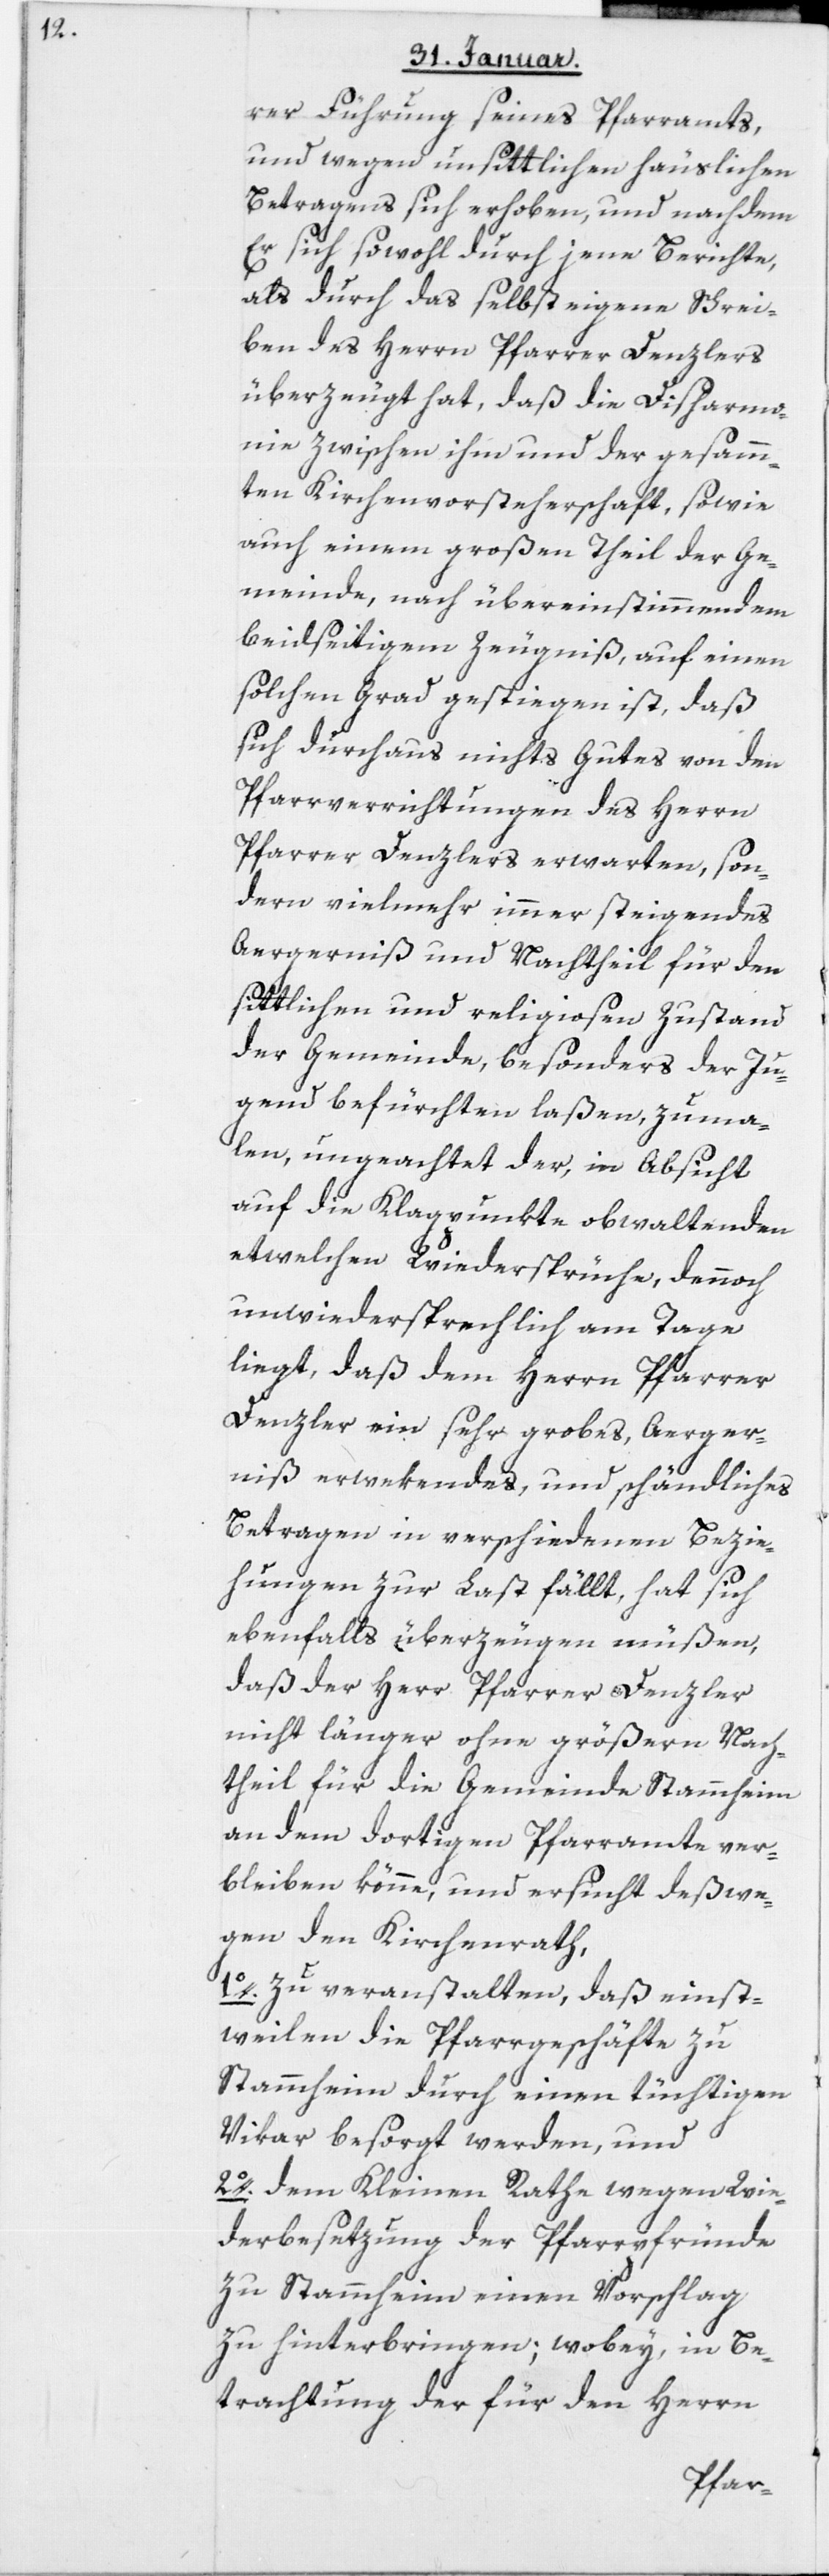
rer Führung seines Pfarramts,
und wegen unsittlichen häuslichen
Betragens sich erhoben, und nachdem
Er sich sowohl durch jene Berichte,
als durch das selbst eigene Schrei¬
ben des Herrn Pfarrer Denzlers
überzeugt hat, daß die Disharmo¬
nie zwischen ihm und der gesam¬
ten Kirchenvorsteherschaft, sowie
auch einem großen Theil der Ge¬
meinde, nach übereinstimmendem
beidseitigem Zeugniß, auf einen
solchen Grad gestiegen ist, daß
sich durchaus nichts Gutes von den
Pfarrverrichtungen des Herrn
Pfarrer Denzlers erwarten, son¬
dern vielmehr immer steigendes
Aegerniß und Nachtheil für den
sittlichen und religiosen Zustand
der Gemeinde, besonders der Ju¬
gend befürchten laßen, zuma¬
len, ungeachtet der, in Absicht
auf die Klagpunkte obwaltenden
etwelchen Wiedersprüche, dennoch
unwiedersprechlich am Tage
liegt, daß dem Herrn Pfarrer
Denzler ein sehr grobes, Aerger¬
niß erwekendes, und schändliches
Betragen in verschiedenen Bezie¬
hungen zur Last fällt, hat sich
ebenfalls überzeugen müßen,
daß der Herr Pfarrer Denzler
nicht länger ohne größern Nach¬
theil für die Gemeinde Stammheim
an dem dortigen Pfarramte ver¬
bleiben könne, und ersucht deßwe¬
gen den Kirchenrath,
1o. zu veranstalten, daß einst¬
weilen die Pfarrgeschäfte zu
Stammheim durch einen tüchtigen
Vikar besorgt werden, und
2o. dem Kleinen Rathe wegen Wie¬
derbesetzung der Pfarrpfründe
zu Stammheim einen Vorschlag
zu hinterbringen; wobey, in Be¬
trachtung der für den Herrn